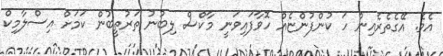
އެވެ. އޭގެތެރެއިން ހަ ކުންފުންޏެއް ހޮވާފައިވަނީ މާކްސް ލިބުނު ތަރުތީބުން ކަމަށް އިސްލާމިކް